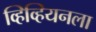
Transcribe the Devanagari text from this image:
व्हिव्हियनला